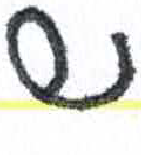
אות: ש